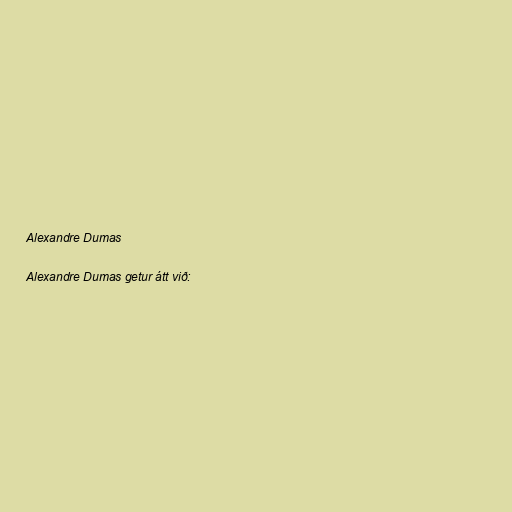
Alexandre Dumas

Alexandre Dumas getur átt við: